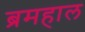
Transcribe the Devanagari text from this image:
ब्रमहाल